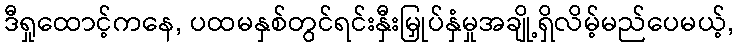
ဒီရှုထောင့်ကနေ, ပထမနှစ်တွင်ရင်းနှီးမြှုပ်နှံမှုအချို့ရှိလိမ့်မည်ပေမယ့်,